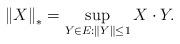
LaTeX: \begin{align*}\left\Vert X\right\Vert _{\ast}=\sup_{Y\in E:\left\Vert Y\right\Vert \leq1}X\cdot Y.\end{align*}